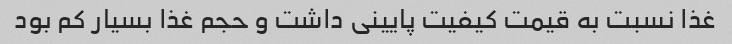
غذا نسبت به قیمت کیفیت پایینی داشت و حجم غذا بسیار کم بود